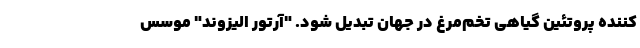
کننده پروتئین گیاهی تخم‌مرغ در جهان تبدیل شود. "آرتور الیزوند" موسس